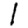
Digit: 1